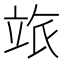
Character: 𥩷